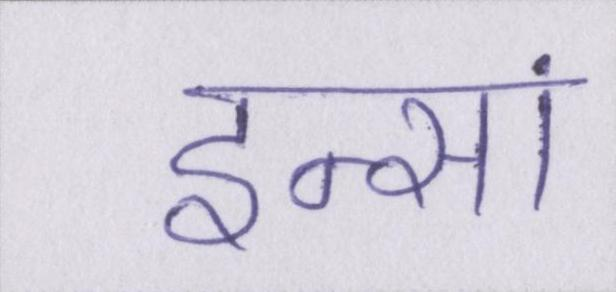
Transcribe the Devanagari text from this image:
इन्सां